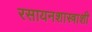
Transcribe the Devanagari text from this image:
रसायनशास्त्राशी